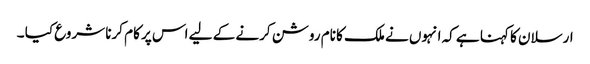
ارسلان کا کہنا ہے کہ انہوں نے ملک کا نام روشن کرنے کے لیے اس پر کام کرنا شروع کیا ۔